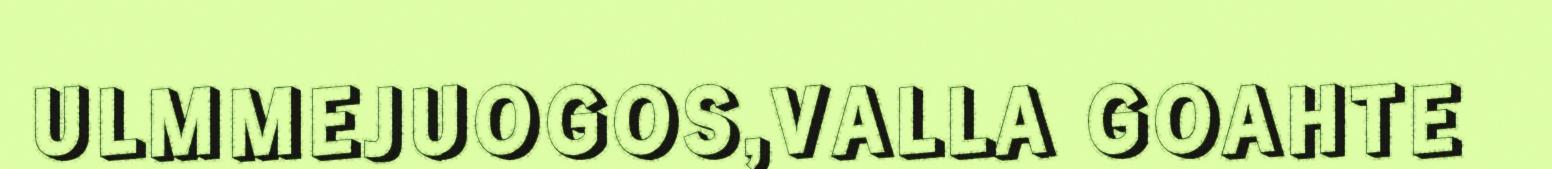
ULMMEJUOGOS,VALLA GOAHTE